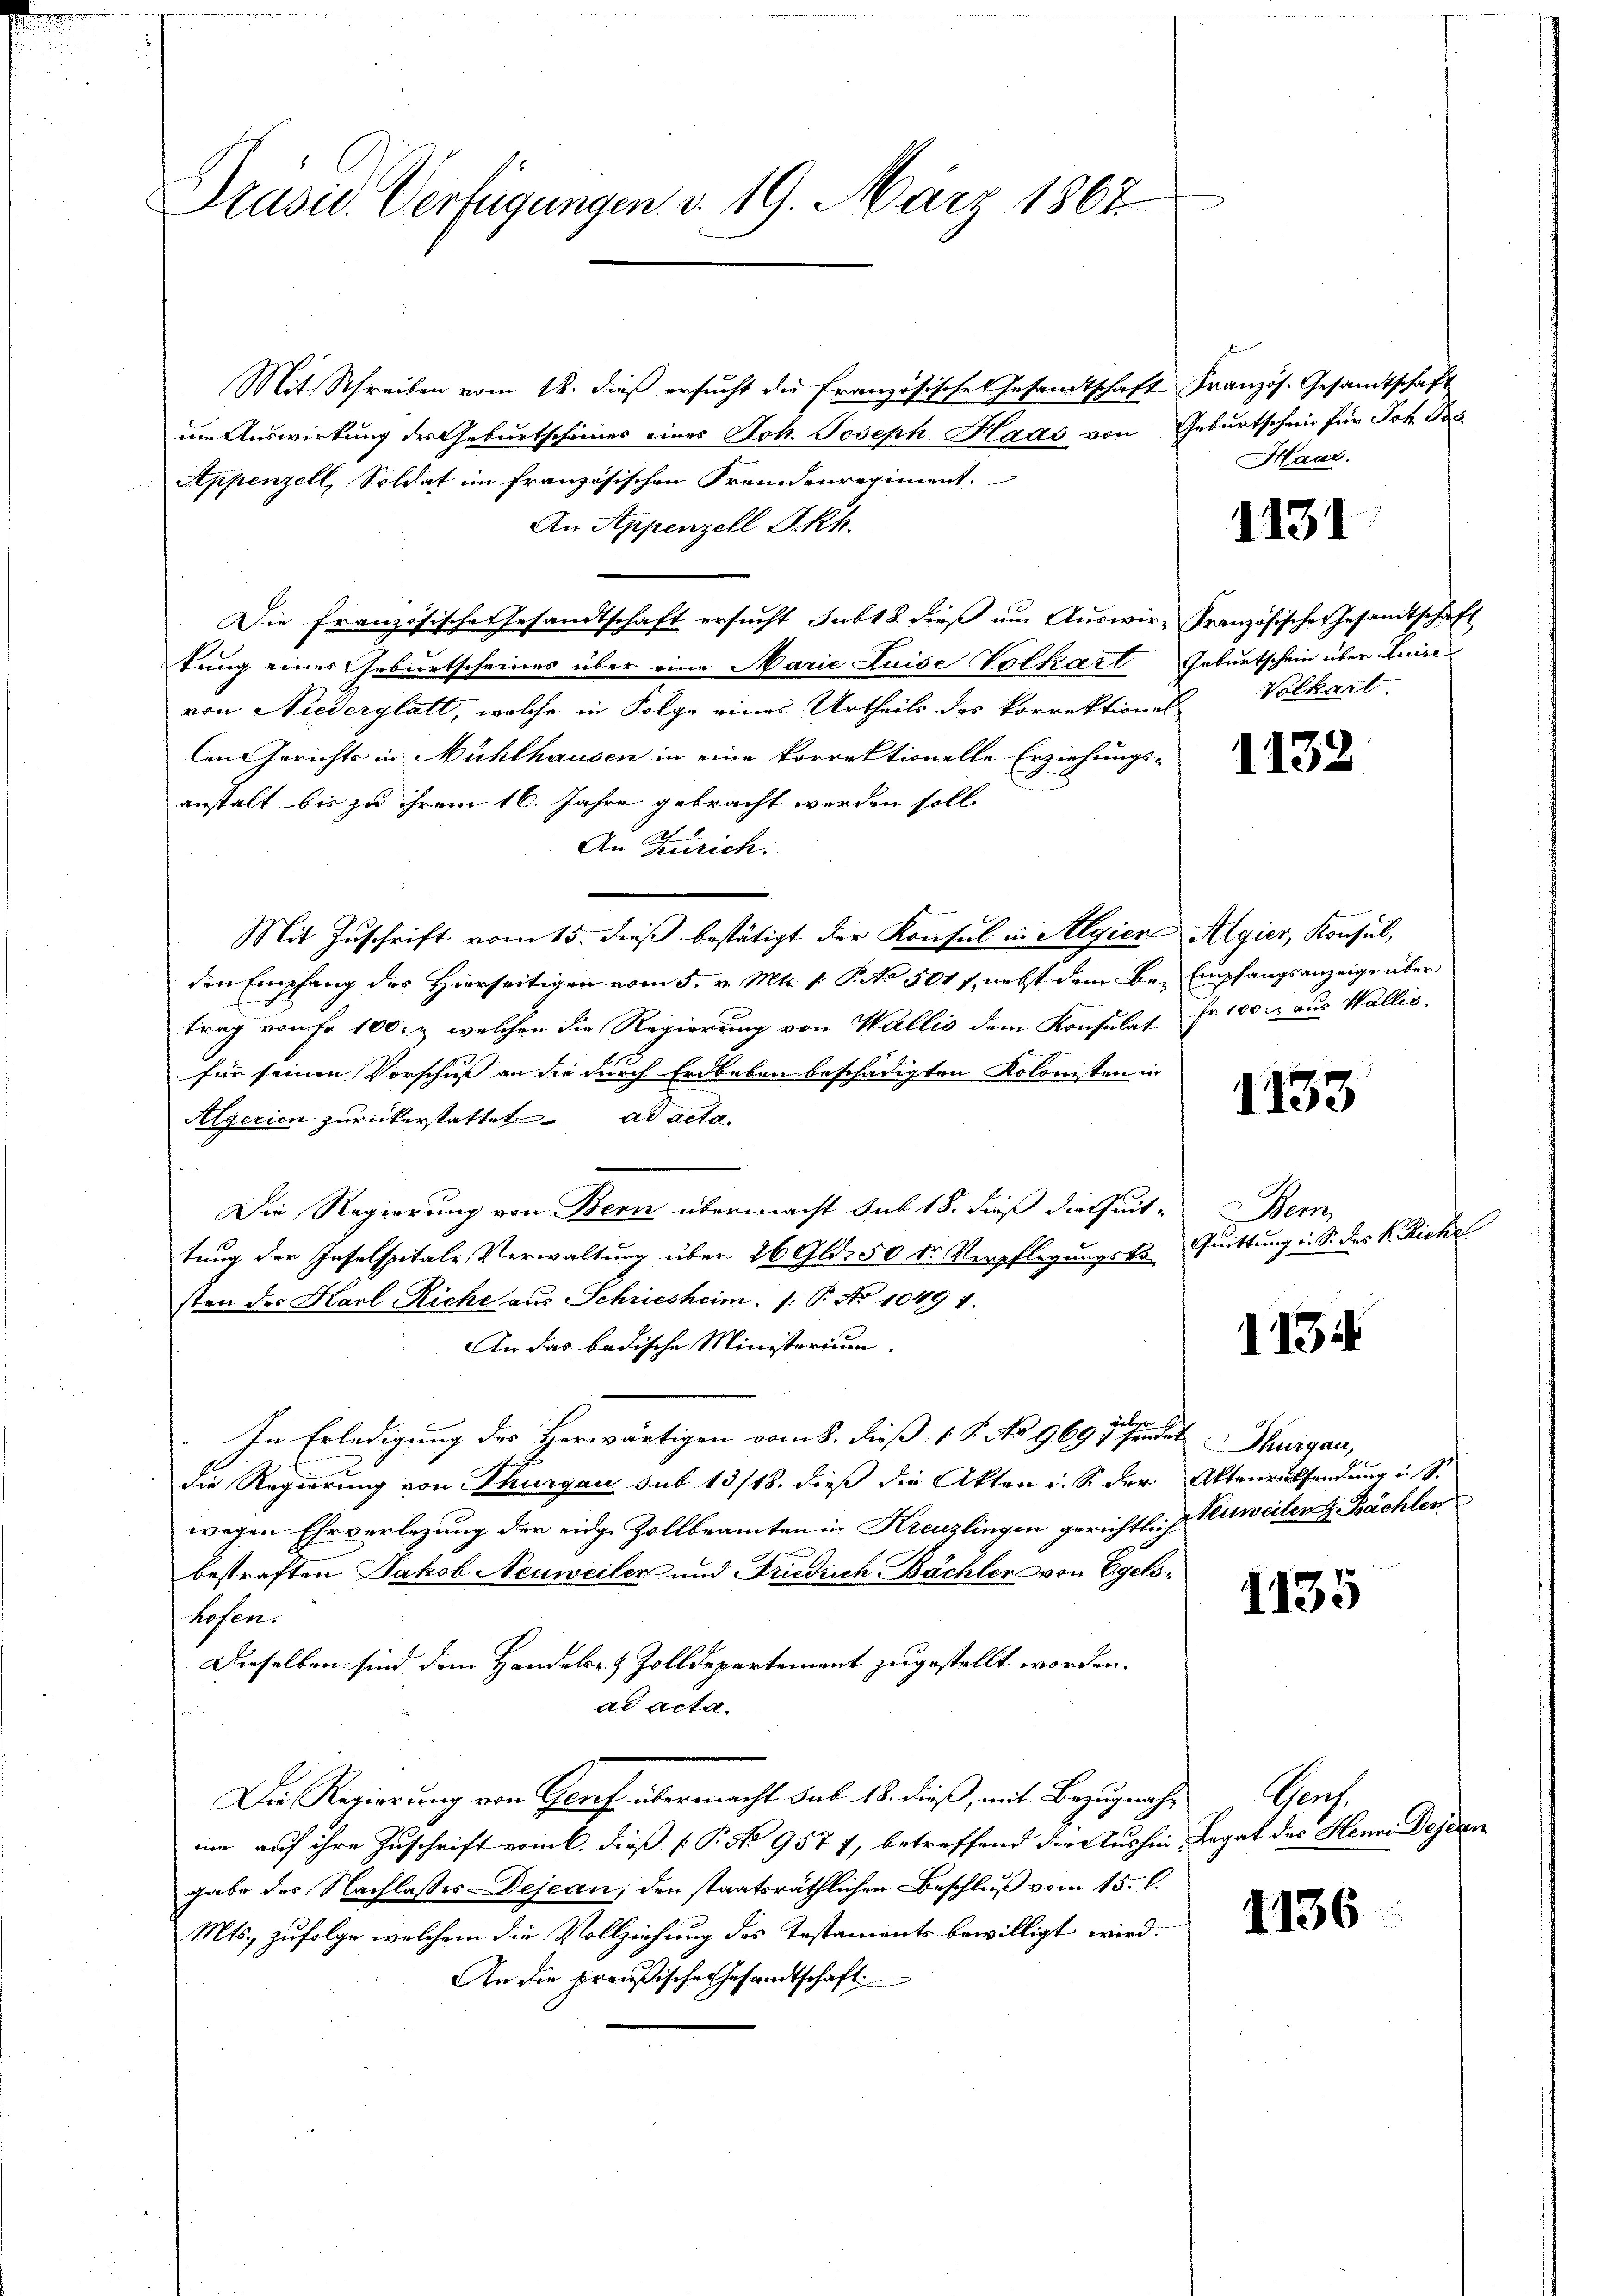
Präsid. Verfügungen d. 19. März 1867
Mit Schreiben vom 18. dieß ersucht die französische Gesamtschaft Französ. Gesandtschaft
um Auswirkung der Geburtscheines eines Joh. Joseph Haas von Geburtschein für Joh. Pob¬

Appenzell, Soldat im französischen Fremdenregiment.
An Appenzell I.Rh.
Die Französische Gesandtschaft ersucht subt 8. dieß um Auswir- Französische Gesandtschaft
tung eines Geburtscheines über eine Marie Luise Volkart Geburtschein über Luise
von Niederglatt, welche in Folge eines Urtheils des korrektiones
len Gerichts in Nühlhausen in eine korrektionelle Erziehungs-
anstalt bis zu ihrem 16. Jahre gebracht werden soll.
An Zürich.
Mit Zuschrift vom 15. dieß bestätigt der Konsul in Algien Algier, Konsul,
den Empfang des Hierseitigen vom 5. v. Mts. v. Pct. 501 f, nebst dem Be- Empfangsanzeige über
trag von Fr. 100 l. welchen die Regierung von Wallis dem Konsulat Fr. 100 M aus Wallis,
für seinen Vorschuß an die durch Erdbeben beschädigten Kolonisten in
Algerien zurückerstattet ad acta
Die Regierung von Bern übermacht sub 18. dieß die eit-
tung der Inselspitale Verwaltung über 26 Gld. 50 kr Verpflegungsko-
sten der Karl Riche aus Schriesheim. /: P. No 1049 1.
An das badische Ministerium.
In Erledigung des Herwärtigen vom 8. dieß 1 S. No. 9697 und Thurgau,
die Regierung von Thurgau sub 13/18. dieß die Akten i. S. der
wegen Ehrverlegung der eidge Zollbeamten in Kreuzlingen gerichtlich Verweiter z. Bächler
bestraften Jakob Neuweiler und Friedrich Bächler von Egelshofen.
Dieselben sind dem Handels- & Zolldepartement zugestellt worden.
ad acta.
Die Regierung von Graf übermacht sub. 18. dieß, mit Bezugnahim auf ihre Zuschrift vom 6. dieß (T. No 9577, betreffend die Aushin
gabe der Nachlasses Dejean, den staatsräthlichen Beschluß vom 15. l.
Mts. zufolge welchem die Vollziehung des Testaments bewilligt wird.
An die preußische Gesandtschaft

Maar.

1131

Volkart.

1132

1133

Herz
Quittung u. S. des k. Rickel

113

Aktenrathendung u. S.

1135

1136

Genf.
Legat des Henne Descen